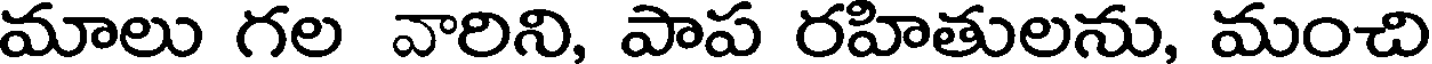
మాలు గల వారిని, పాప రహితులను, మంచి